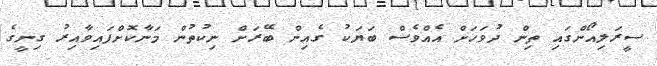
ސީރަލިއޯންގައި ތިން ދުވަހަށް އެއްވެސް ބަޔަކު ގެއިން ބޭރަށް ނިކުތުން މަނާކޮށްފައިވާއިރު ގިނީގެ